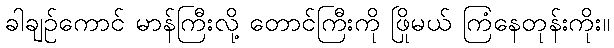
ခါချဉ်ကောင် မာန်ကြီးလို့ တောင်ကြီးကို ဖြိုမယ် ကြံနေတုန်းကိုး။